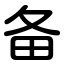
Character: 备